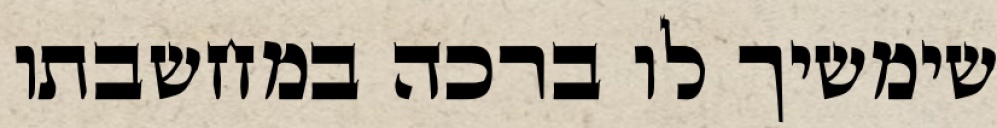
שימשיך לו ברכה במחשבתו